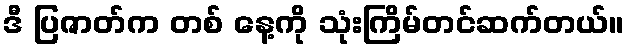
ဒီ ပြဇာတ်က တစ် နေ့ကို သုံးကြိမ်တင်ဆက်တယ်။